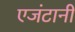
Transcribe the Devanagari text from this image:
एजंटानी